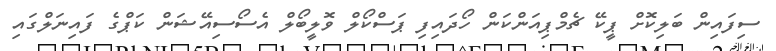
ސިފައިން ބަލިކޮށް ޕީކޭ ޗެމްޕިއަންކަން ހޯދައިފި ޕަސްކޯލް ވޮލީބޯލް އެސޯސިއޭޝަން ކަޕްގެ ފައިނަލްގައި